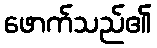
ဖောက်သည်၏